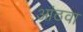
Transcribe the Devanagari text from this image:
आंठवा